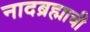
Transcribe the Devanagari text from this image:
नादब्रह्माची